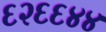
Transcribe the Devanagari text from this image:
६२६६४४